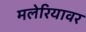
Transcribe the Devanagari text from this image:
मलेरियावर